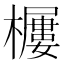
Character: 𱤫